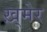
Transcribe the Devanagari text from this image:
ख़्मेर